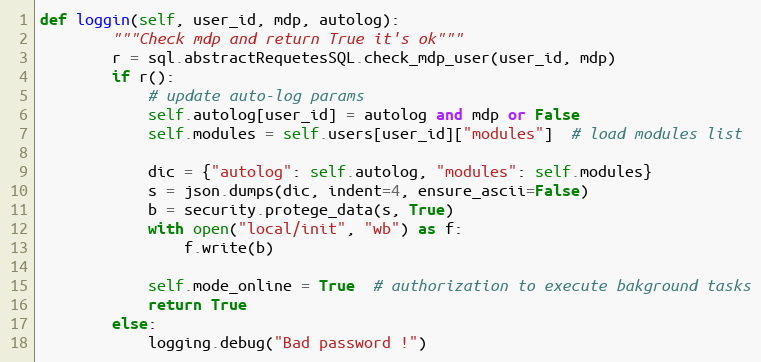
Language: Python
def loggin(self, user_id, mdp, autolog):
        """Check mdp and return True it's ok"""
        r = sql.abstractRequetesSQL.check_mdp_user(user_id, mdp)
        if r():
            # update auto-log params
            self.autolog[user_id] = autolog and mdp or False
            self.modules = self.users[user_id]["modules"]  # load modules list

            dic = {"autolog": self.autolog, "modules": self.modules}
            s = json.dumps(dic, indent=4, ensure_ascii=False)
            b = security.protege_data(s, True)
            with open("local/init", "wb") as f:
                f.write(b)

            self.mode_online = True  # authorization to execute bakground tasks
            return True
        else:
            logging.debug("Bad password !")